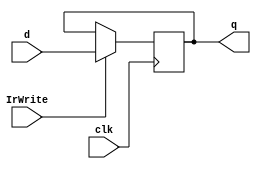
module ir # (parameter WIDTH = 8)
               (input                    clk, IrWrite,
                input      [WIDTH - 1:0] d,
                output reg [WIDTH - 1:0] q);

    always @ (posedge clk)
        q <= IrWrite ? d : q;
endmodule